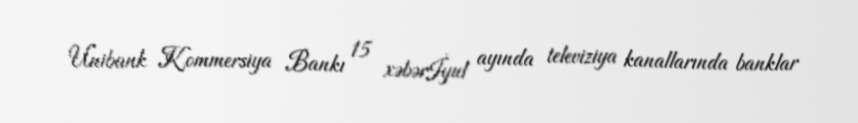
Unibank Kommersiya Bankı 15 xəbərİyul ayında televiziya kanallarında banklar